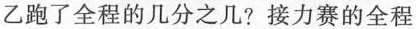
乙跑了全程的几分之几? 接力赛的全程